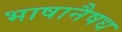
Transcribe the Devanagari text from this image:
भाषानैषध